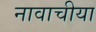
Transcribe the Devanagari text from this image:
नावाचीया